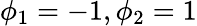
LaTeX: \phi_{1}=-1,\phi_{2}=1